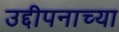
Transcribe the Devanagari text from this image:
उद्दीपनाच्या